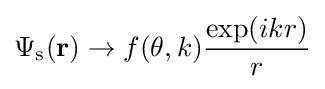
\Psi _{\text{s}}(\mathbf {r} )\to f(\theta ,k){\frac {\exp(ikr)}{r}}